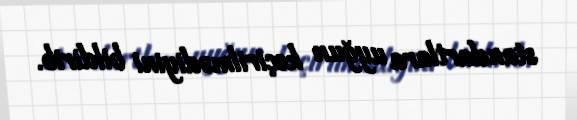
standartlara uyğun keçirilmədiyini bildirib.